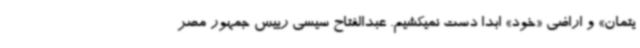
یتمان» و اراضی «خود» ابدا دست نمیکشیم. عبدالفتاح سیسی رییس جمهور مصر